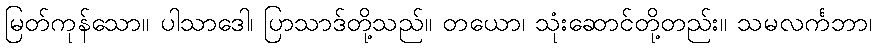
မြတ်ကုန်သော။ ပါသာဒေါ၊ ပြာသာဒ်တို့သည်။ တယော၊ သုံးဆောင်တို့တည်း။ သမလင်္ကဘာ၊